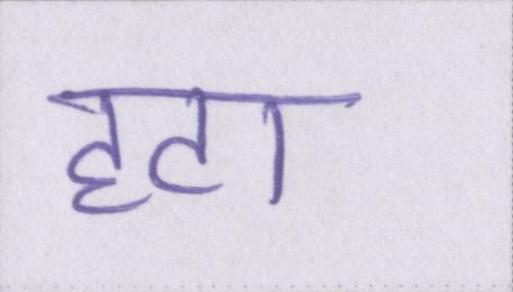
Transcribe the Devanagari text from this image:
हटा